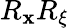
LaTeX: R_{\mathbf{x}}R_{\xi}